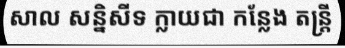
សាល សន្និសីទ ក្លាយជា កន្លែង តន្ត្រី